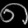
Digit: ၈